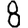
Digit: 8